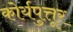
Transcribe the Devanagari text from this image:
कोर्यपुत्तूर